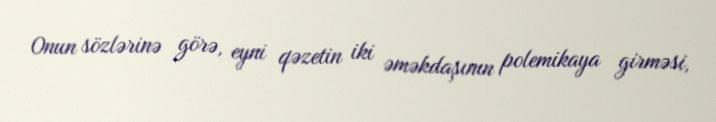
Onun sözlərinə görə, eyni qəzetin iki əməkdaşının polemikaya girməsi,